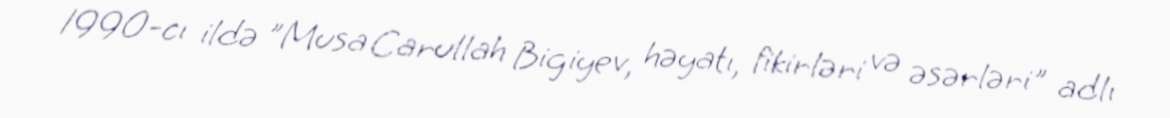
1990-cı ildə "Musa Carullah Bigiyev, həyatı, fikirləri və əsərləri" adlı